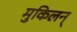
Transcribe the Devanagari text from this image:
मुकिलन्